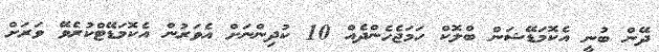
ދޭން ބުނީ އެކޮމަޑޭޝަން ބްލޮކް ހަމަޖެހެންދެއް 10 ކުދިންނަށް އެވަރުން އެކޮމަޑޭޓްކުރެވޭ ވަރަށް